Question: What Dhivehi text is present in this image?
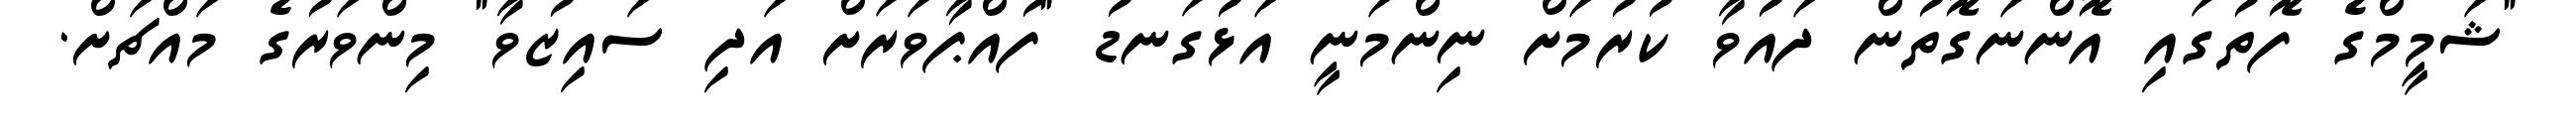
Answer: "ޝަމީމްގެ ފޮތުގައި އޮންނަގޮތުން ދައުވާ ކުރުމަށް ނިންމަނީ އަޅުގަނޑު "ފުއްޕާވަރަށް އަދި ސައިޒުވާ" މިންވަރުގެ މައްޗަށް.